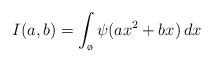
LaTeX: \begin{align*} I(a,b) = \int_{\o} \psi(ax^2 + bx) \, dx\end{align*}